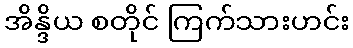
အိန္ဒိယ စတိုင် ကြက်သားဟင်း